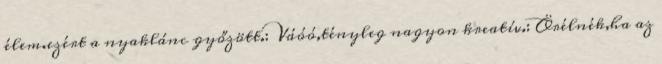
élem.ezért a nyaklánc győzött.: Váóó,tényleg nagyon kreatív.: Örélnék,ha az